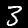
Digit: 3